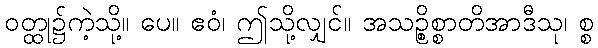
ဝတ္ထု၌ကဲ့သို့။ ပေ။ ဧဝံ၊ ဤသို့လျှင်။ အသဉ္စိစ္စာတိအာဒီသု၊ စ္စ